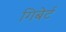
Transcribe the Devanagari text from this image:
गिबेर्ट